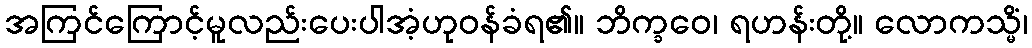
အကြင်ကြောင့်မူလည်းပေးပါအံ့ဟုဝန်ခံရ၏။ ဘိက္ခဝေ၊ ရဟန်းတို့။ လောကသ္မိံ၊